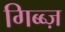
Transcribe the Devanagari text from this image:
गिब्ब्ज़